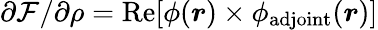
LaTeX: \partial\mathcal{F}/\partial\rho=\mathrm{Re}[\phi(\boldsymbol{r})\times\phi_{\mathrm{adjoint}}(\boldsymbol{r})]